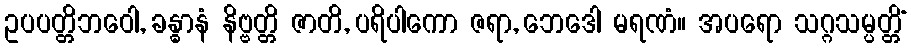
ဥပပတ္တိဘဝေါ, ခန္ဓာနံ နိဗ္ဗတ္တိ ဇာတိ, ပရိပါကော ဇရာ, ဘေဒေါ မရဏံ။ အပရော သဂ္ဂသမ္ပတ္တိံ